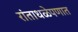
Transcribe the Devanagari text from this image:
रांताधळेपणात